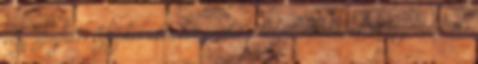
elég szemfüles kifoghat akciókat amiket a helyek alkalmanként meghirdetnek,